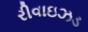
રીવાઇઝડ